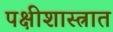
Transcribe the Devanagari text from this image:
पक्षीशास्त्रात